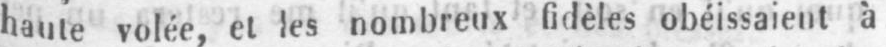
haute volée, et les nombreux fidèles obéissaient à